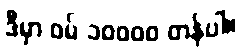
ဒီမှာ ဝမ် ၁၀၀၀၀ တန်ပါ။